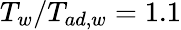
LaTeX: T_{w}/T_{ad,w}=1.1